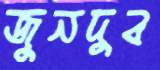
জুনদুব